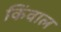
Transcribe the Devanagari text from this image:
किंवाल